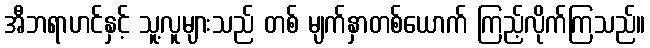
အီဘရာဟင်နှင့် သူ့လူများသည် တစ် မျက်နှာတစ်ယောက် ကြည့်လိုက်ကြသည်။